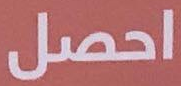
احصل